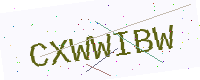
Text: CXWWIBW